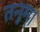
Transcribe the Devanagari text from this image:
तनूम्।